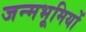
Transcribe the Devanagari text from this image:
जन्मभूमियों